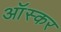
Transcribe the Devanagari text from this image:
आॅस्कर